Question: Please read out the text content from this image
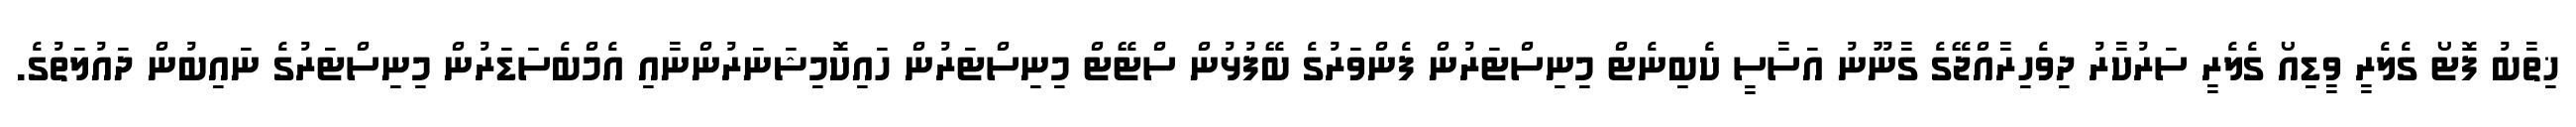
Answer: ޚިތާބު ފޮޓޯ ގެލެރީ ވީޑިއޯ ގެލެރީ ސަރުކާރު ދިވެހިރާއްޖޭގެ ގާނޫނު އަސާސީ ކެބިނެޓް މިނިސްޓަރުން ފެންވަރުގެ ބޭފުޅުން ސްޓޭޓް މިނިސްޓަރުން ހައިކޮމިޝަނަރުންނާއި އެމްބެސަޑަރުން މިނިސްޓަރުގެ ނައިބުން ދައުލަތުގެ.